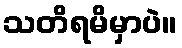
သတိရမိမှာပဲ။